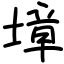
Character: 墇